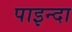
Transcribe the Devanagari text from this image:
पाइन्दा